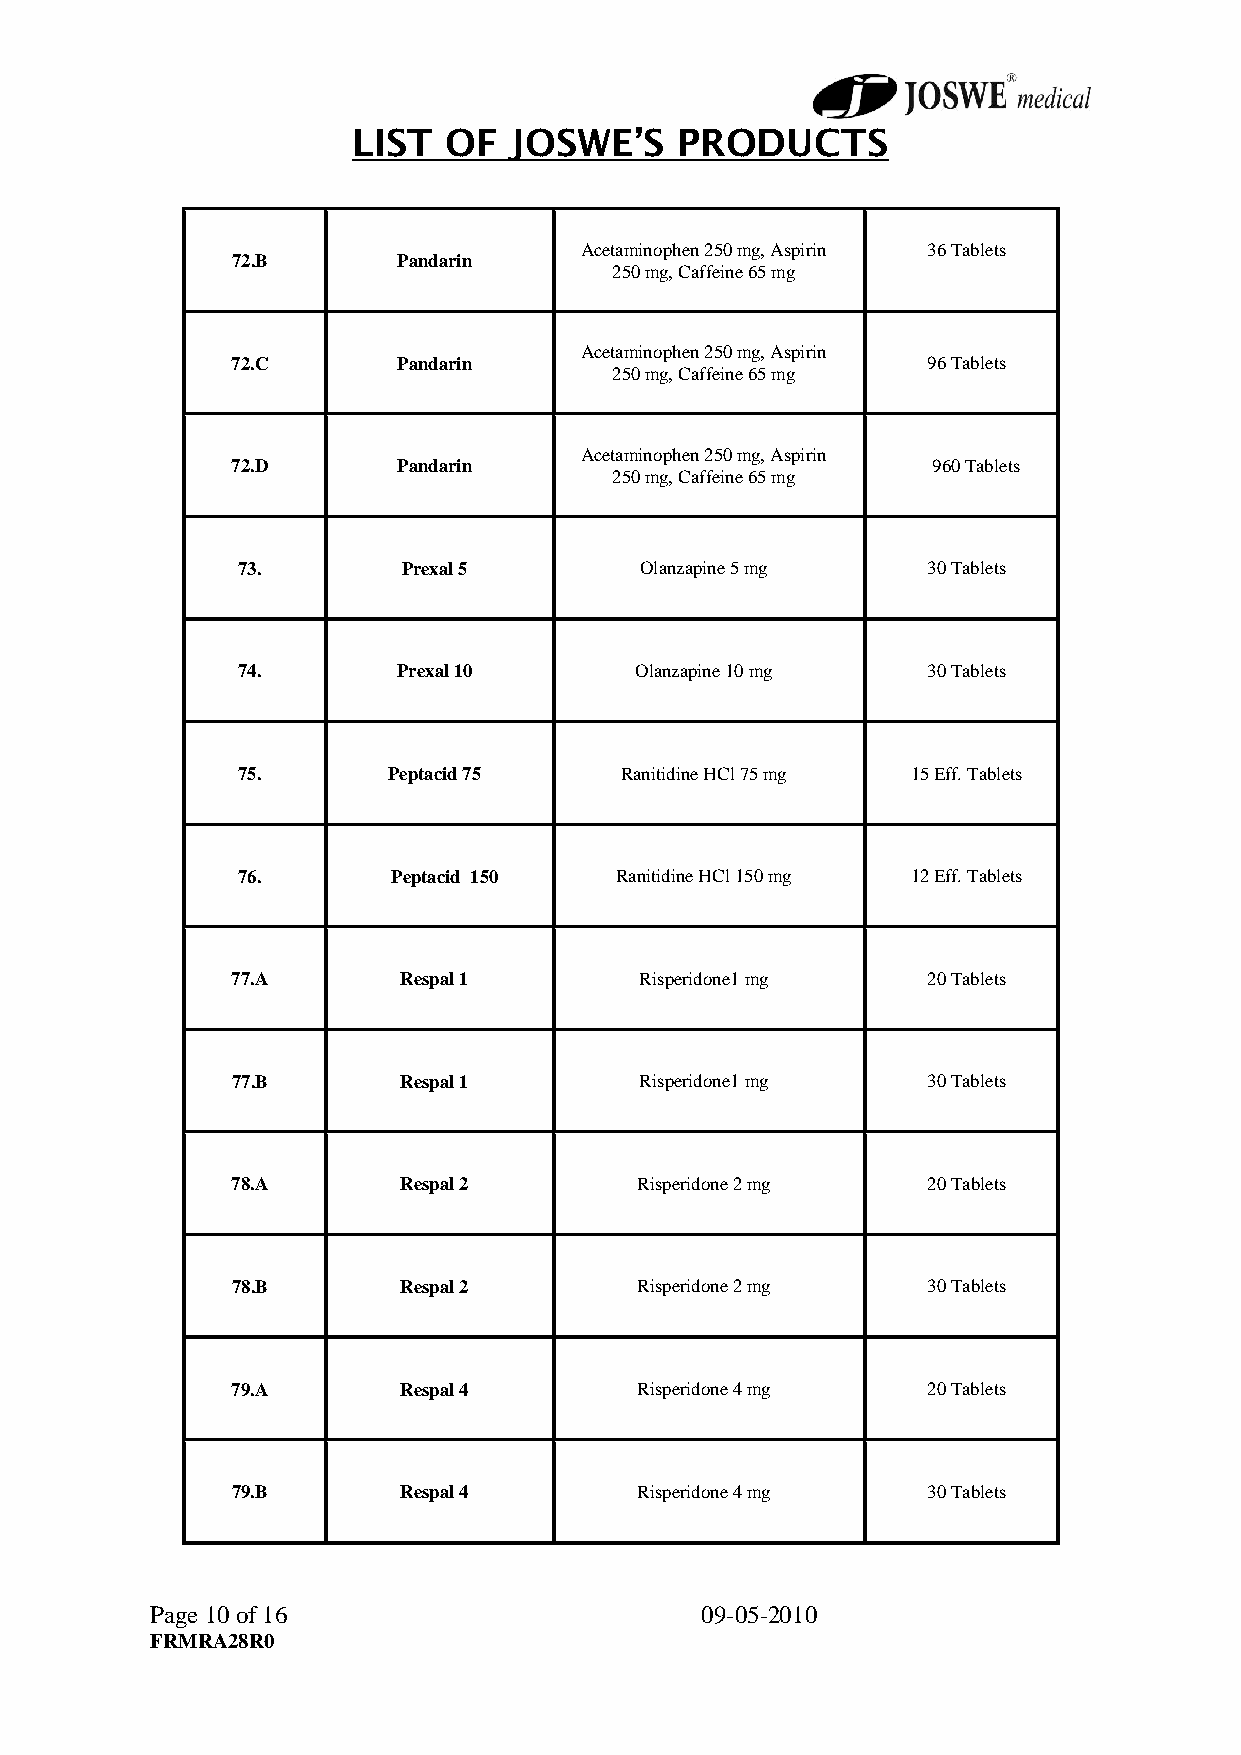
LIST   OF  JOSWE’S    PRODUCTS
 Acetaminophen 250 mg, Aspirin 36 Tablets
 72.B       Pandarin
 250 mg, Caffeine 65 mg
 Acetaminophen 250 mg, Aspirin
 72.C       Pandarin                           96 Tablets
 250 mg, Caffeine 65 mg
 Acetaminophen 250 mg, Aspirin
 72.D       Pandarin                            960 Tablets
 250 mg, Caffeine 65 mg
 73.        Prexal 5       Olanzapine 5 mg    30 Tablets
 74.       Prexal 10       Olanzapine 10 mg   30 Tablets
 75.       Peptacid 75    Ranitidine HCl 75 mg 15 Eff. Tablets
 76.       Peptacid 150   Ranitidine HCl 150 mg 12 Eff. Tablets
 77.A       Respal 1        Risperidone1 mg    20 Tablets
 77.B       Respal 1        Risperidone1 mg    30 Tablets
 78.A       Respal 2        Risperidone 2 mg   20 Tablets
 78.B       Respal 2        Risperidone 2 mg   30 Tablets
 79.A       Respal 4        Risperidone 4 mg   20 Tablets
 79.B       Respal 4        Risperidone 4 mg   30 Tablets
 Page 10 of 16                       09-05-2010
 FRMRA28R0